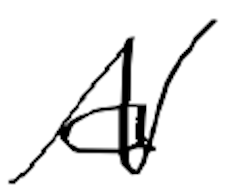
Text: a
Cross-out: zig-zag
Writing tool: digital_black